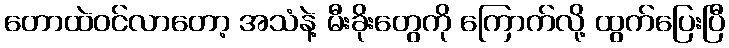
တောထဲဝင်လာတော့ အသံနဲ့ မီးခိုးတွေကို ကြောက်လို့ ထွက်ပြေးပြီ